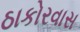
ઠાકોરવાસ